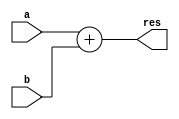
module n_bit_adder(a,b,res);

parameter n = 32;
input [n-1:0] a, b;
output [n-1:0] res;

assign res = a + b;

endmodule